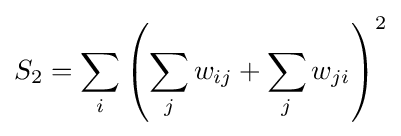
S_{2}=\sum _{i}\left(\sum _{j}w_{ij}+\sum _{j}w_{ji}\right)^{2}